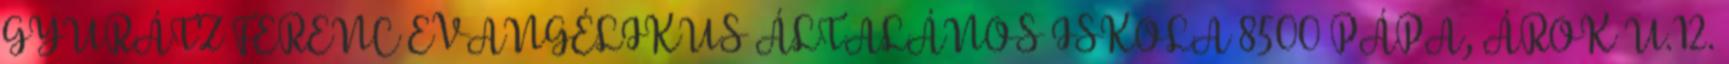
GYURÁTZ FERENC EVANGÉLIKUS ÁLTALÁNOS ISKOLA 8500 PÁPA, ÁROK U.12.